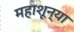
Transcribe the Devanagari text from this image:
महाशून्या